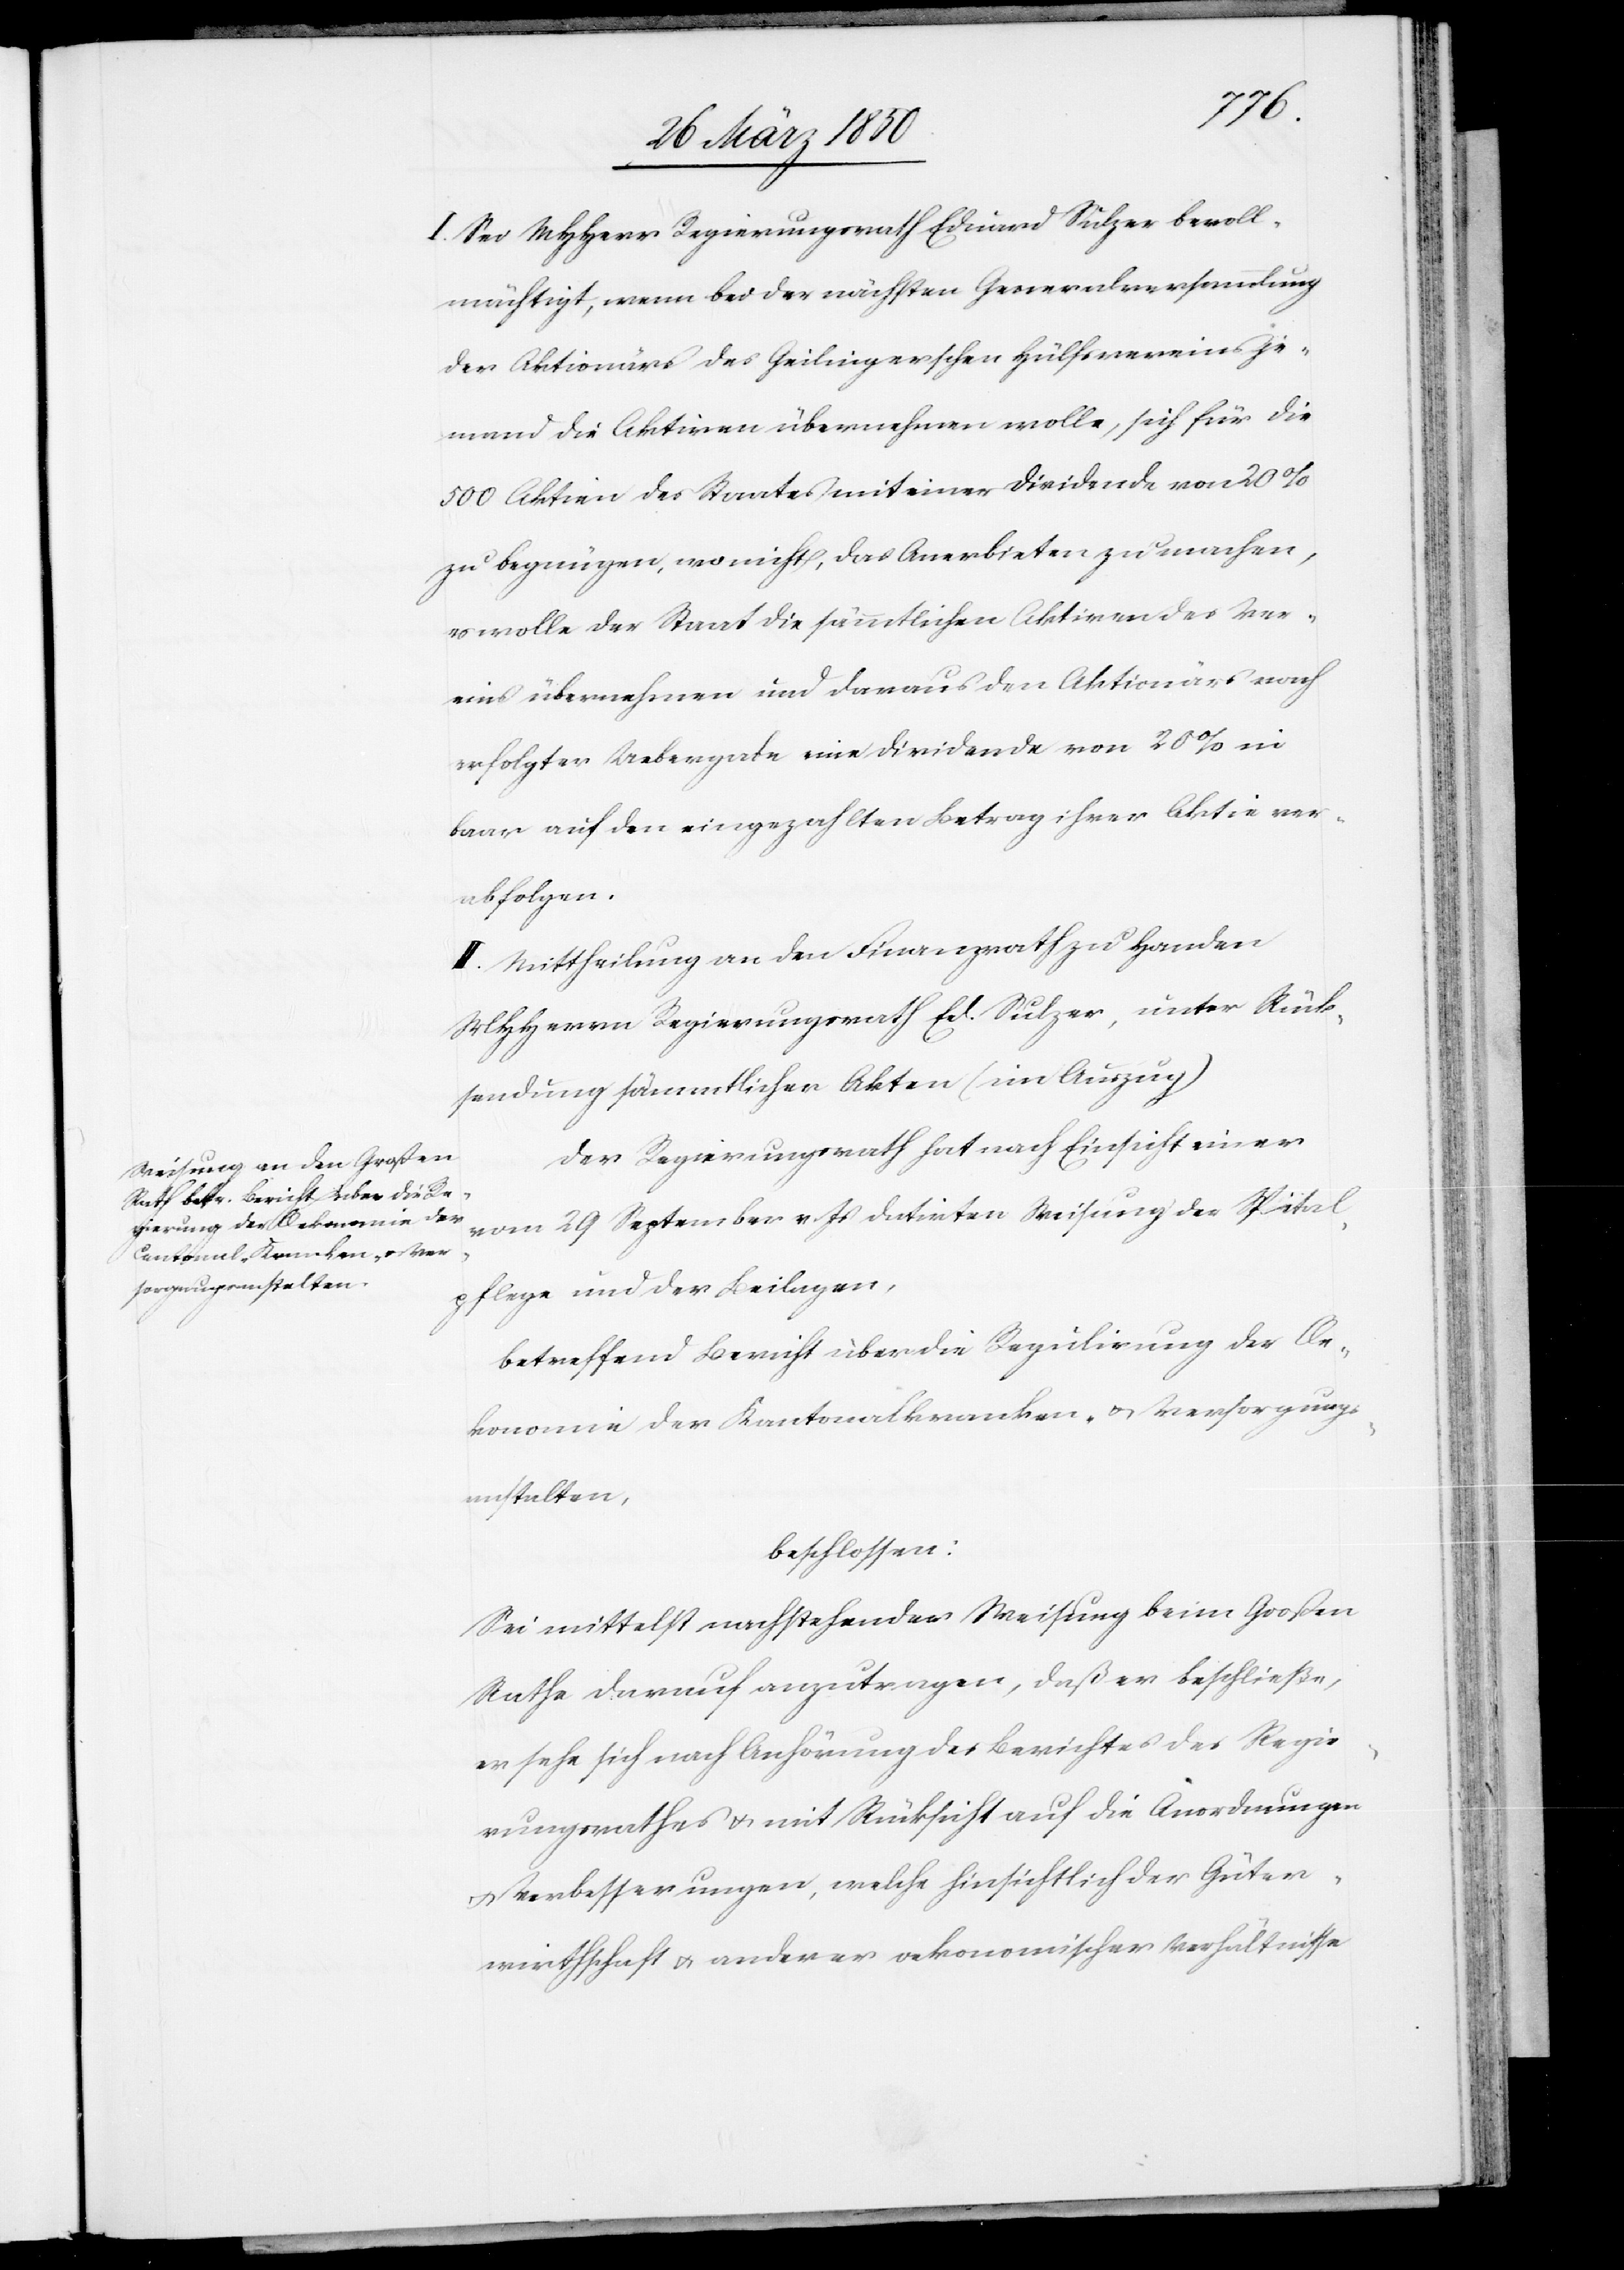
I. Sei MHHerr Regierungsrath Eduard Sulzer bevoll¬
mächtigt, wenn bei der nächsten Generalversammlung
der Aktionärs des Geilingerschen Hülfsvereines Je¬
mand die Aktiven übernehmen wolle, sich für die
500 Aktien des Staates mit einer Dividende von 20 %
zu begnügen, wo nicht, das Anerbieten zu machen,
es wolle der Staat die sämmtlichen Aktiven des Ver¬
eins übernehmen und daraus den Aktionärs nach
erfolgter Uebergabe eine Dividende von 20 % in
baar auf den eingezahlten Betrag ihrer Aktie ver¬
abfolgen.
II. Mittheilung an den Finanzrath zu Handen
MHHerrn Regierungsrath Ed. Sulzer, unter Rück¬
sendung sämmtlicher Akten (im Auszug)
Der Regierungsrath hat nach Einsicht einer
vom 29 September v. Js datirten Weisung der Spital¬
pflege und der Beilagen,
betreffend Bericht über die Regulirung der Oe¬
konomie der Kantonalkranken- u. Versorgungs¬
anstalten,
beschlossen:
Sei mittelst nachstehender Weisung beim Großen
Rathe darauf anzutragen, daß er beschließe,
er sehe sich nach Anhörung des Berichtes des Regie¬
rungsrathes u. mit Rücksicht auf die Anordnungen
u. Verbesserungen, welche hinsichtlich der Güter¬
wirthschaft u. anderer oekonomischer Verhältnisse